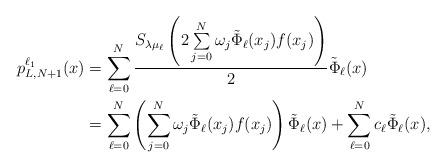
LaTeX: \begin{align*}p_{L,N+1}^{\ell_{1}}(x)&=\sum\limits_{\ell=0}^N\frac{S_{\lambda\mu_{\ell}}\left(2\sum\limits_{j=0}^N\omega_j\tilde{\Phi}_{\ell}(x_j)f(x_j)\right)}{2}\tilde{\Phi}_{\ell}(x) \\&=\sum\limits_{\ell=0}^N\left(\sum_{j=0}^N\omega_j\tilde{\Phi}_{\ell}(x_j)f(x_j)\right)\tilde{\Phi}_{\ell}(x)+\sum_{\ell=0}^Nc_{\ell}\tilde{\Phi}_{\ell}(x),\end{align*}